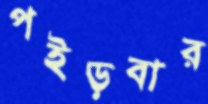
পইড়বার